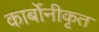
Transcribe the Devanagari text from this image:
कार्बोनीकृत